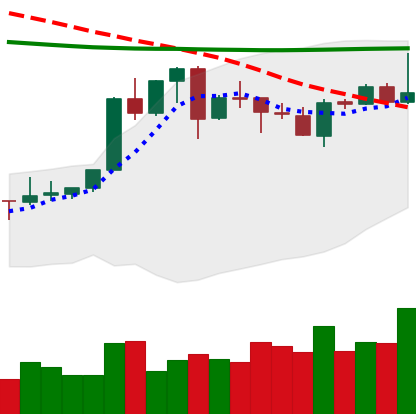
Ticker: XLM-USD
Chart end date: 2020-04-20
Forward return: 24.313%
Label: up_7plus